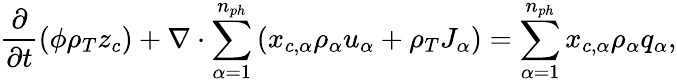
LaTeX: \frac{\partial}{\partial t}\left(\phi\rho_{T}z_{c}\right)+\nabla\cdot\sum_{\alpha=1}^{n_{ph}}\left({x_{c,\alpha}\rho_{\alpha}u_{\alpha}}+\rho_{T}J_{\alpha}\right)=\sum_{\alpha=1}^{n_{ph}}{x_{c,\alpha}\rho_{\alpha}q_{\alpha}},